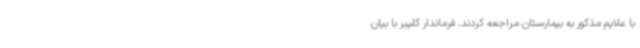
با علایم مذکور به بیمارستان مراجعه کردند. فرماندار کلیبر با بیان